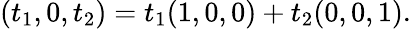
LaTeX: (t_{1},0,t_{2})=t_{1}(1,0,0)+t_{2}(0,0,1){\mathrm{.}}